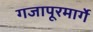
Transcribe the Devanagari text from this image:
गजापूरमार्गे